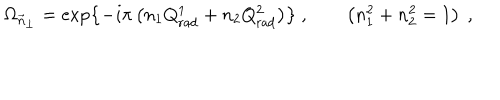
\Omega _ { \vec { n } _ { \bot } } = \exp \left\{ - i \pi \left( n _ { 1 } Q _ { \mathrm { r a d } } ^ { 1 } + n _ { 2 } Q _ { \mathrm { r a d } } ^ { 2 } \right) \right\} \ , \qquad \left( n _ { 1 } ^ { 2 } + n _ { 2 } ^ { 2 } = 1 \right) \ ,